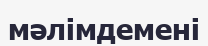
мәлімдемені